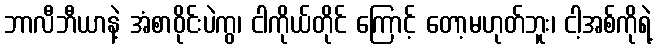
ဘာလီဘီယာနဲ့ အံစာဝိုင်းပဲကွ၊ ငါကိုယ်တိုင် ကြောင့် တော့မဟုတ်ဘူး၊ ငါ့အစ်ကိုရဲ့